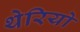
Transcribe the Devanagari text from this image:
थेरियो